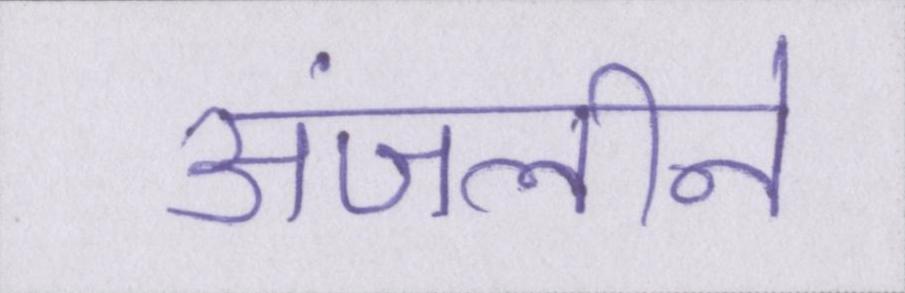
अंजलीने